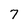
Character: 7